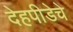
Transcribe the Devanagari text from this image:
देहपीडेचे